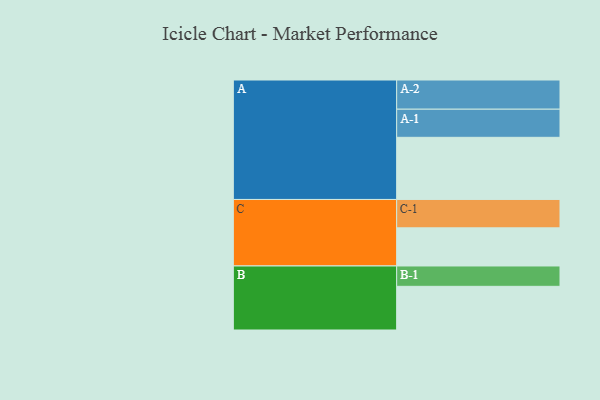
{"axis": {"x": "Segment", "y": "Value"}, "legend": ["", "A", "B", "C"], "data": [{"x": "A", "y": 528, "type": ""}, {"x": "B", "y": 371, "type": ""}, {"x": "C", "y": 324, "type": ""}, {"x": "A-1", "y": 239, "type": "A"}, {"x": "A-2", "y": 248, "type": "A"}, {"x": "B-1", "y": 173, "type": "B"}, {"x": "C-1", "y": 241, "type": "C"}]}